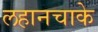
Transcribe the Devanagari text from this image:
लहानचाके